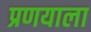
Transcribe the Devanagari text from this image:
प्रणयाला